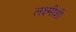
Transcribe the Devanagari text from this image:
लक्ष्मीशी